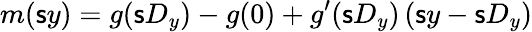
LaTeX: m(\mathsf{s}y)=g(\mathsf{s}D_{y})-g(0)+g^{\prime}(\mathsf{s}D_{y})\left(\mathsf{s}y-\mathsf{s}D_{y}\right)